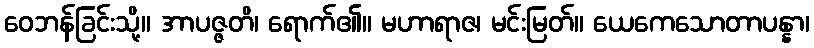
ဝေဘန်ခြင်းသို့။ အာပဇ္ဇတိ၊ ရောက်၏။ မဟာရာဇ၊ မင်းမြတ်။ ယေကေသောတာပန္နာ၊